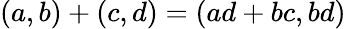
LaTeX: (a,b)+(c,d)=(ad+bc,bd)